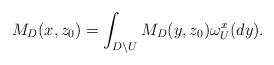
LaTeX: \begin{align*}M_D(x,z_0)&= \int_{D\setminus U} M_D(y,z_0)\omega_U^x(dy).\end{align*}